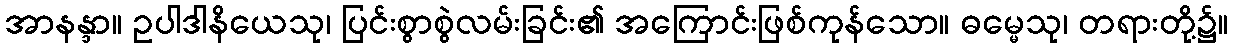
အာနန္ဒာ။ ဥပါဒါနိယေသု၊ ပြင်းစွာစွဲလမ်းခြင်း၏ အကြောင်းဖြစ်ကုန်သော။ ဓမ္မေသု၊ တရားတို့၌။